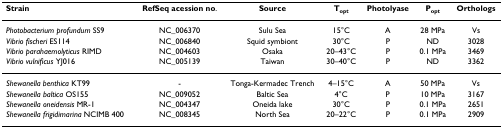
<table><thead><tr><td><b>Strain</b></td><td><b>RefSeq acession no.</b></td><td><b>Source</b></td><td><b>T<sub>opt</sub></b></td><td><b>Photolyase</b></td><td><b>P<sub>opt</sub></b></td><td><b>Orthologs</b></td></tr></thead><tbody><tr><td><i>Photobacterium profundum </i>SS9</td><td>NC_006370</td><td>Sulu Sea</td><td>15°C</td><td>A</td><td>28 MPa</td><td>Vs</td></tr><tr><td><i>Vibrio fischeri </i>ES114</td><td>NC_006840</td><td>Squid symbiont</td><td>30°C</td><td>P</td><td>ND</td><td>3028</td></tr><tr><td><i>Vibrio parahaemolyticus </i>RIMD</td><td>NC_004603</td><td>Osaka</td><td>20–43°C</td><td>P</td><td>0.1 MPa</td><td>3469</td></tr><tr><td><i>Vibrio vulnificus </i>YJ016</td><td>NC_005139</td><td>Taiwan</td><td>30–40°C</td><td>P</td><td>ND</td><td>3362</td></tr><tr><td><i>Shewanella benthica </i>KT99</td><td>-</td><td>Tonga-Kermadec Trench</td><td>4–15°C</td><td>A</td><td>50 MPa</td><td>Vs</td></tr><tr><td><i>Shewanella baltica </i>OS155</td><td>NC_009052</td><td>Baltic Sea</td><td>4°C</td><td>P</td><td>10 MPa</td><td>3167</td></tr><tr><td><i>Shewanella oneidensis </i>MR-1</td><td>NC_004347</td><td>Oneida lake</td><td>30°C</td><td>P</td><td>0.1 MPa</td><td>2651</td></tr><tr><td><i>Shewanella frigidimarina </i>NCIMB 400</td><td>NC_008345</td><td>North Sea</td><td>20–22°C</td><td>P</td><td>0.1 MPa</td><td>2909</td></tr></tbody></table>